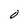
Character: O